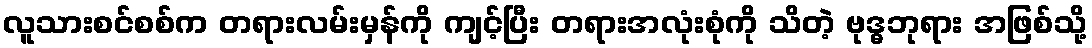
လူသားစင်စစ်က တရားလမ်းမှန်ကို ကျင့်ပြီး တရားအလုံးစုံကို သိတဲ့ ဗုဒ္ဓဘုရား အဖြစ်သို့